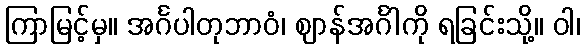
ကြာမြင့်မှ။ အင်္ဂပါတုဘာဝံ၊ ဈာန်အင်္ဂါကို ရခြင်းသို့။ ဝါ၊